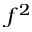
f ^ { 2 }